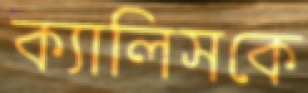
ক্যালিসকে